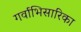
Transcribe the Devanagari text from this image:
गर्वाभिसारिका